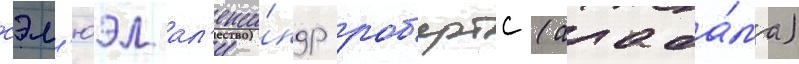
сэм'юэл ал'екса́ндр роб'ертс (алаба́ма)